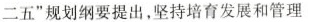
二五”规划纲要提出，坚持培育发展和管理